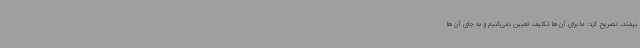
بیفتد، تصریح کرد: ما برای آن‌ها تکلیف تعیین نمی‌کنیم و به جای آن‌ها